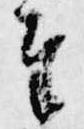
奉